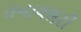
તનાવભરી